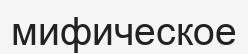
мифическое